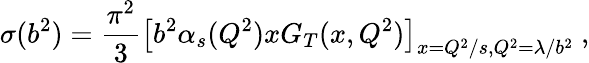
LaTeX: \sigma(b^{2})={\frac{\pi^{2}}{3}}\left[b^{2}\alpha_{s}(Q^{2})xG_{T}(x,Q^{2})\right]_{x=Q^{2}/s,Q^{2}=\lambda/b^{2}}\ ,